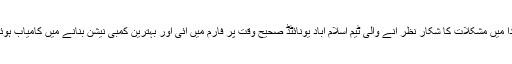
ابتدا میں مشکلات کا شکار نظر آنے والی ٹیم اسلام آباد یونائٹڈ صحیح وقت پر فارم میں آئی اور بہترین کمبی نیشن بنانے میں کامیاب ہوئی۔